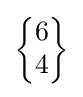
{\begin{Bmatrix}6\\4\end{Bmatrix}}